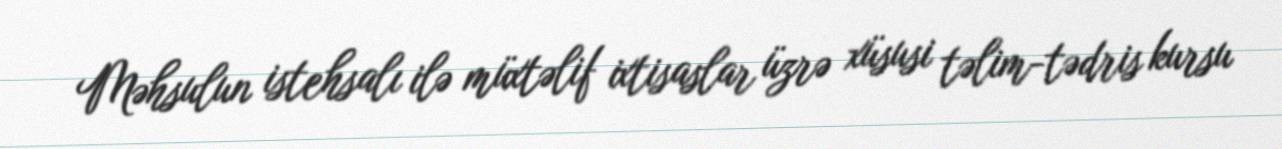
Məhsulun istehsalı ilə müxtəlif ixtisaslar üzrə xüsusi təlim-tədris kursu